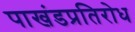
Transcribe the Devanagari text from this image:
पाखंडप्रतिरोध